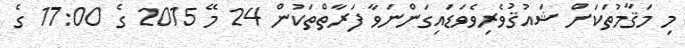
މި މަޤާމުތަކަށް ޝައުޤުވެރިވެވަޑައިގަންނަވާ ފަރާތްތަކުން 24 މޭ 2015 ގެ 17:00 ގެ